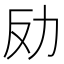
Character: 𠠻